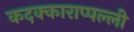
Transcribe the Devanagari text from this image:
कदक्काराप्पल्ली